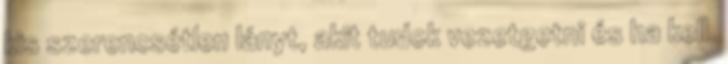
kis szerencsétlen lányt, akit tudok vezetgetni és ha kell.